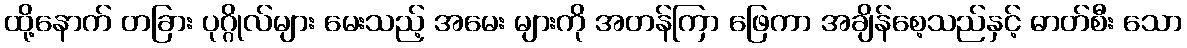
ထို့နောက် တခြား ပုဂ္ဂိုလ်များ မေးသည့် အမေး များကို အတန်ကြာ ဖြေကာ အချိန်စေ့သည်နှင့် ဓာတ်စီး သော